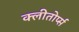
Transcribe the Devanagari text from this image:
क्लीतोर्प्स